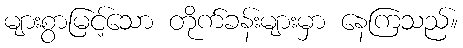
များစွာမြင့်သော တိုက်ခန်းများမှာ နေကြသည်။